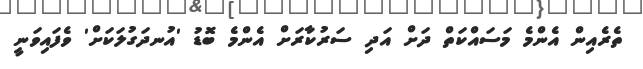
ތެރެއިން އެންމެ މަސައްކަތް ދަށް އަދި ސަރުކާރަށް އެންމެ ބޮޑު 'އުނދަގުލަކަށް' ވެފައިވަނީ